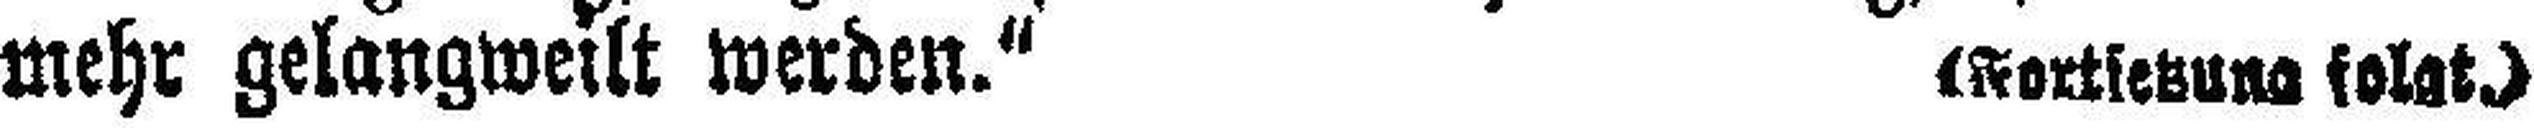
mehr gelangweilt werden." (Fortsetzung folgt.)